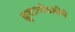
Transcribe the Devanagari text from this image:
ध्रुवाभोवतीचे